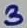
Text: 3